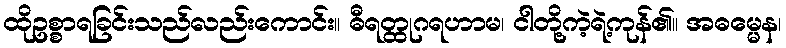
ထိုဥစ္စာရခြင်းသည်လည်းကောင်း။ ဓီရတ္ထုဂရဟာမ၊ ငါတို့ကဲ့ရဲ့ကုန်၏။ အဓမ္မေန၊